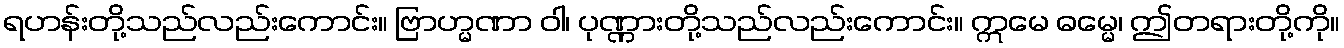
ရဟန်းတို့သည်လည်းကောင်း။ ဗြာဟ္မဏာ ဝါ၊ ပုဏ္ဏားတို့သည်လည်းကောင်း။ ဣမေ ဓမ္မေ၊ ဤတရားတို့ကို။